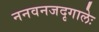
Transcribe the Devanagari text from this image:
ननवनजदृगालेः